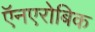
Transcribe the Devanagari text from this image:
ऍनएरोबिक